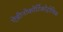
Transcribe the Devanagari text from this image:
ऐडीनोकोर्टिकोट्रोफिक